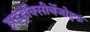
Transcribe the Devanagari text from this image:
हाइड्रॉक्सीबेंजोइक